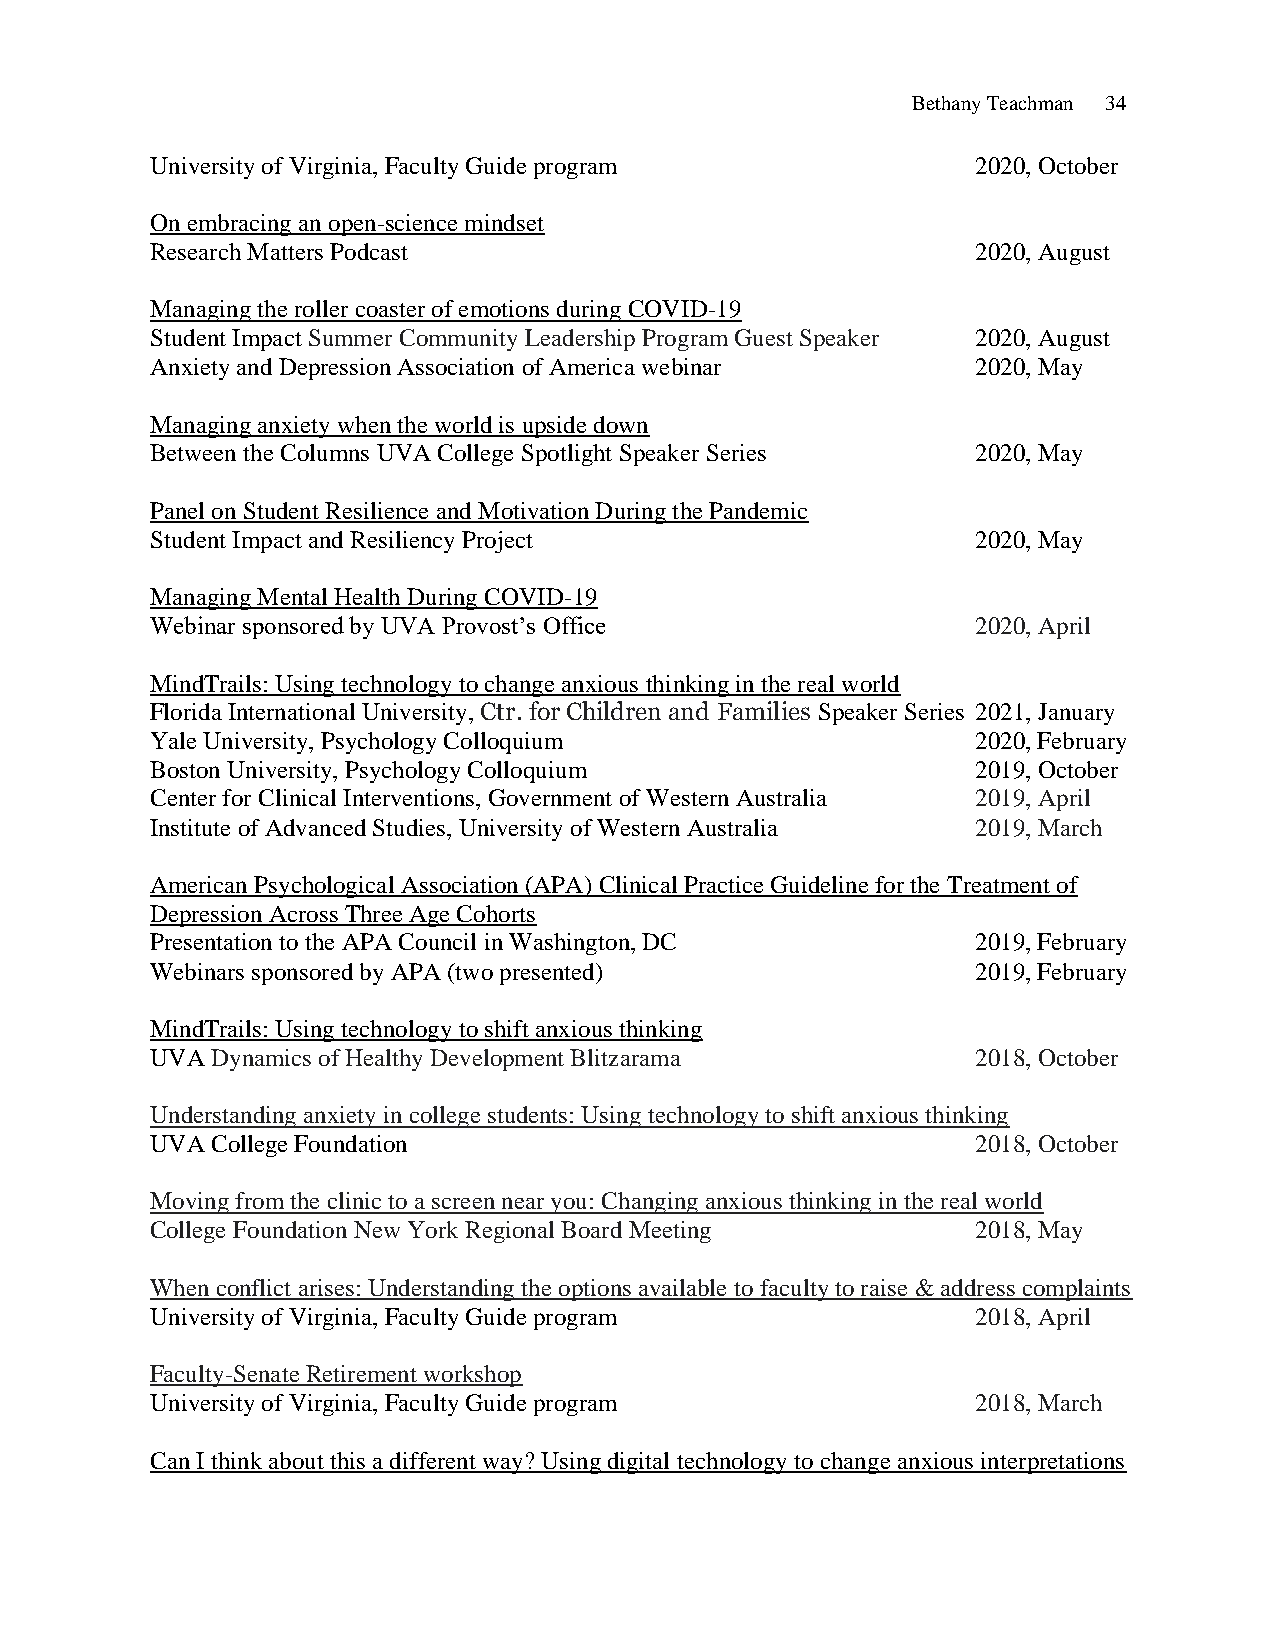
Bethany Teachman 34
 University of Virginia, Faculty Guide program          2020, October
 On embracing an open-science mindset
 Research Matters Podcast                               2020, August
 Managing the roller coaster of emotions during COVID-19
 Student Impact Summer Community Leadership Program Guest Speaker 2020, August
 Anxiety and Depression Association of America webinar  2020, May
 Managing anxiety when the world is upside down
 Between the Columns UVA College Spotlight Speaker Series 2020, May
 Panel on Student Resilience and Motivation During the Pandemic
 Student Impact and Resiliency Project                  2020, May
 Managing Mental Health During COVID-19
 Webinar sponsored by UVA Provost’s Office              2020, April
 MindTrails: Using technology to change anxious thinking in the real world
 Florida International University, Ctr. for Children and Families Speaker Series 2021, January
 Yale University, Psychology Colloquium                 2020, February
 Boston University, Psychology Colloquium               2019, October
 Center for Clinical Interventions, Government of Western Australia 2019, April
 Institute of Advanced Studies, University of Western Australia 2019, March
 American Psychological Association (APA) Clinical Practice Guideline for the Treatment of
 Depression Across Three Age Cohorts
 Presentation to the APA Council in Washington, DC      2019, February
 Webinars sponsored by APA (two presented)              2019, February
 MindTrails: Using technology to shift anxious thinking
 UVA Dynamics of Healthy Development Blitzarama         2018, October
 Understanding anxiety in college students: Using technology to shift anxious thinking
 UVA College Foundation                                 2018, October
 Moving from the clinic to a screen near you: Changing anxious thinking in the real world
 College Foundation New York Regional Board Meeting     2018, May
 When conflict arises: Understanding the options available to faculty to raise & address complaints
 University of Virginia, Faculty Guide program          2018, April
 Faculty-Senate Retirement workshop
 University of Virginia, Faculty Guide program          2018, March
 Can I think about this a different way? Using digital technology to change anxious interpretations